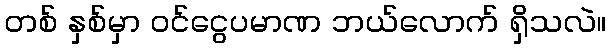
တစ် နှစ်မှာ ဝင်ငွေပမာဏ ဘယ်လောက် ရှိသလဲ။